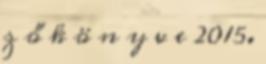
z ő k ö n y v e 2015.